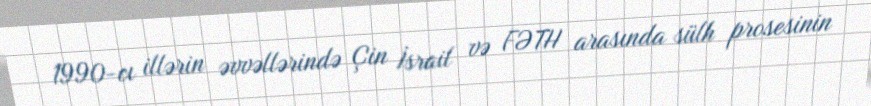
1990-cı illərin əvvəllərində Çin İsrail və FƏTH arasında sülh prosesinin